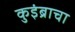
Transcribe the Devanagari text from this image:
कुइंब्राचा